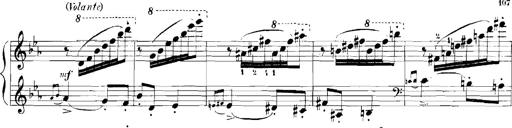
Title: Rhapsodies hongroises
Composer: Franz Liszt